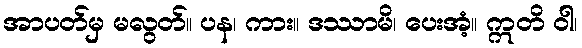
အာပတ်မှ မလွတ်။ ပန၊ ကား။ ဒဿာမိ၊ ပေးအံ့။ ဣတိ ဝါ၊